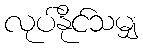
လုပ်နိုင်သမျှ